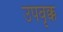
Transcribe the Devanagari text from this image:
उपवृक्क